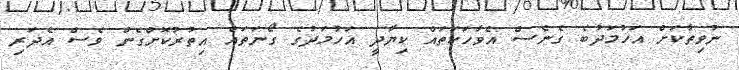
ނުވިތާކަށް އަހުމަދުބެ ގެނެސް އެވާހަކަތައް ކިޔާދީ އަހުމަދުގެ ގޯނަތައް އިތުރުކޮށްގެން ވެސް އެދަރި